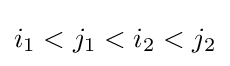
i_{1}<j_{1}<i_{2}<j_{2}